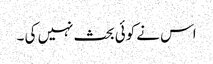
اس نے کوئی بحث نہیں کی ۔